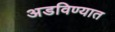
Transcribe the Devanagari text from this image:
अडविण्यात